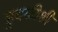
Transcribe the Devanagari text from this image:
हुबळीशी